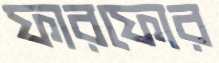
ফারফোর